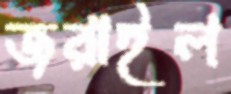
জরাইল